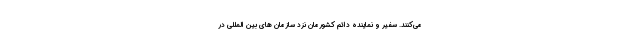
می‌کنند. سفیر و نماینده دائم کشورمان نزد سازمان های بین المللی در